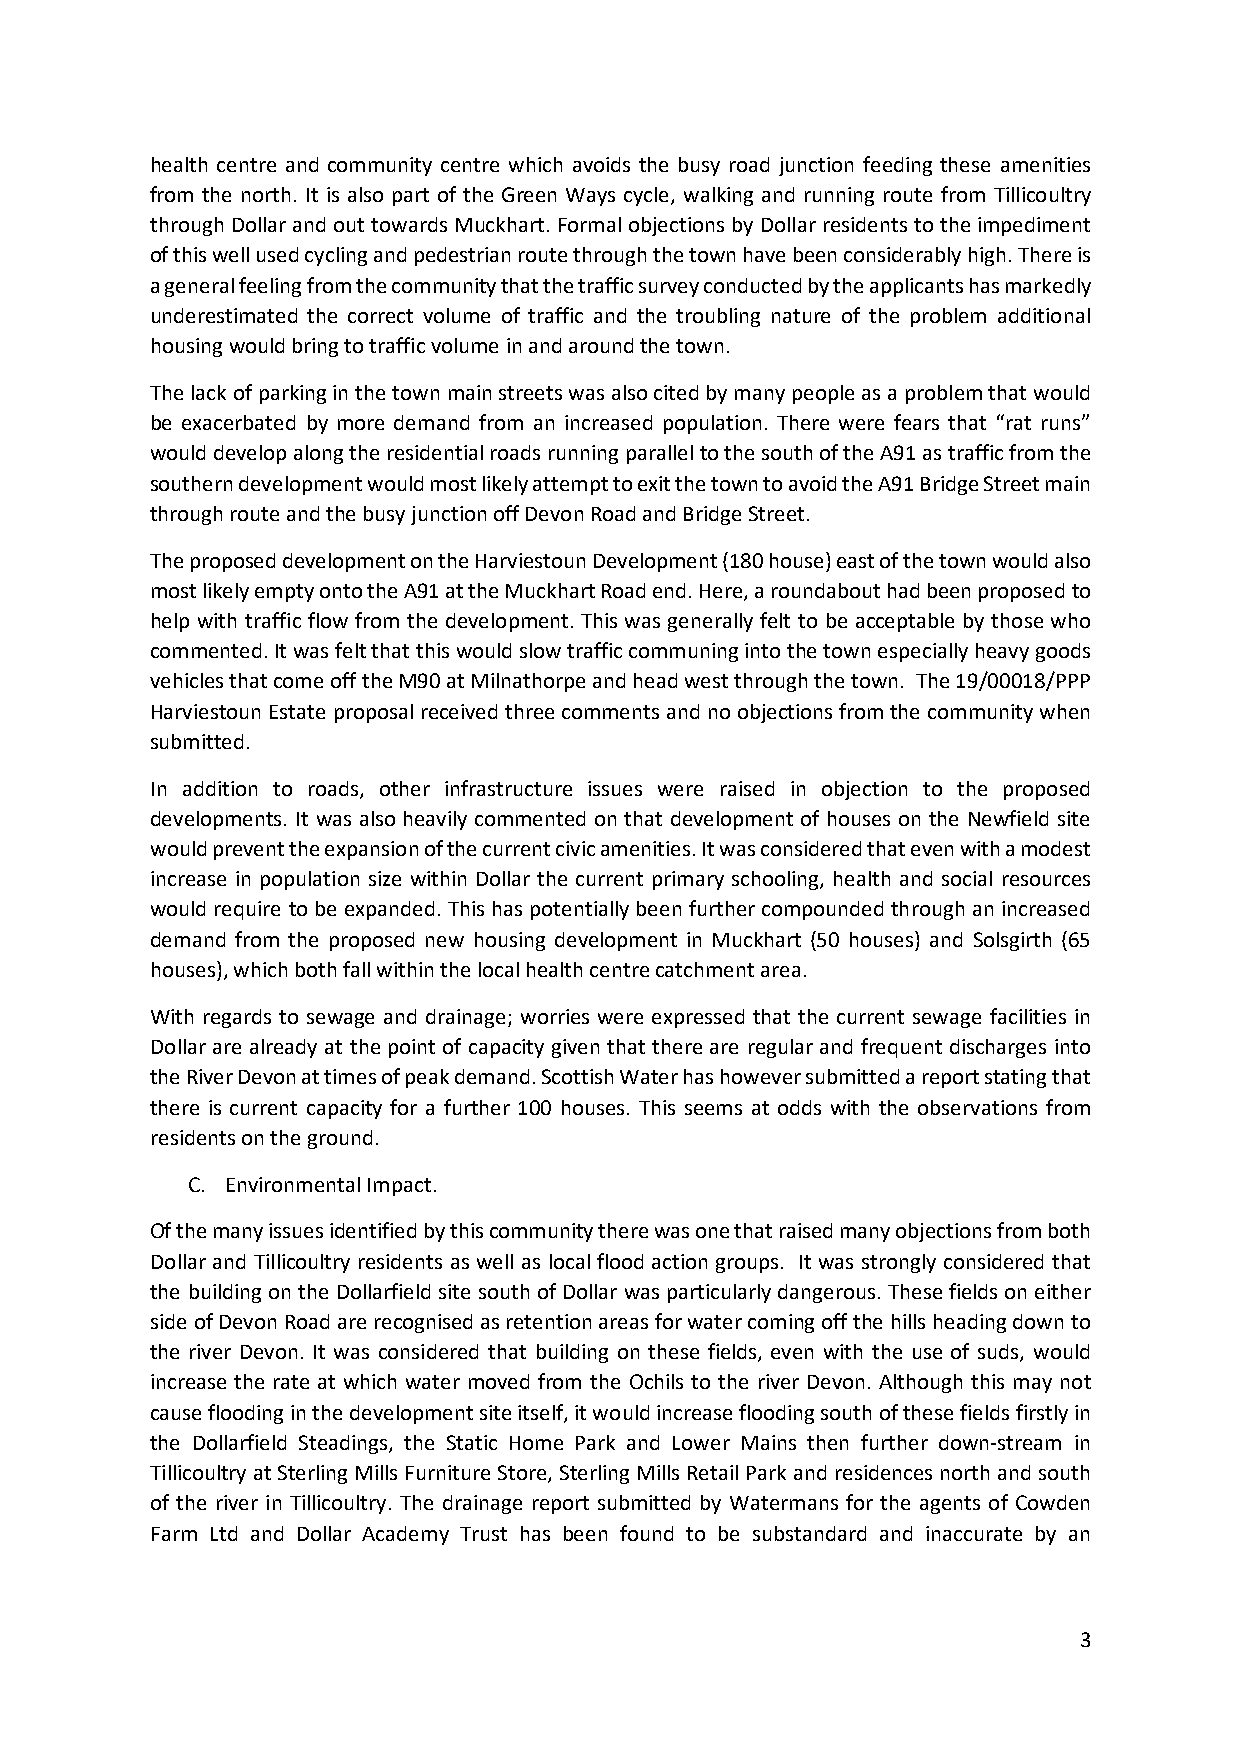
health centre and community centre which avoids the busy road junction feeding these amenities
 from the north. It is also part of the Green Ways cycle, walking and running route from Tillicoultry
 through Dollar and out towards Muckhart. Formal objections by Dollar residents to the impediment
 of this well used cycling and pedestrian route through the town have been considerably high. There is
 a general feeling from the community that the traffic survey conducted by the applicants has markedly
 underestimated the correct volume of traffic and the troubling nature of the problem additional
 housing would bring to traffic volume in and around the town.
 The lack of parking in the town main streets was also cited by many people as a problem that would
 be exacerbated by more demand from an increased population. There were fears that “rat runs”
 would develop along the residential roads running parallel to the south of the A91 as traffic from the
 southern development would most likely attempt to exit the town to avoid the A91 Bridge Street main
 through route and the busy junction off Devon Road and Bridge Street.
 The proposed development on the Harviestoun Development (180 house) east of the town would also
 most likely empty onto the A91 at the Muckhart Road end. Here, a roundabout had been proposed to
 help with traffic flow from the development. This was generally felt to be acceptable by those who
 commented. It was felt that this would slow traffic communing into the town especially heavy goods
 vehicles that come off the M90 at Milnathorpe and head west through the town. The 19/00018/PPP
 Harviestoun Estate proposal received three comments and no objections from the community when
 submitted.
 In addition to roads, other infrastructure issues were raised in objection to the proposed
 developments. It was also heavily commented on that development of houses on the Newfield site
 would prevent the expansion of the current civic amenities. It was considered that even with a modest
 increase in population size within Dollar the current primary schooling, health and social resources
 would require to be expanded. This has potentially been further compounded through an increased
 demand from the proposed new housing development in Muckhart (50 houses) and Solsgirth (65
 houses), which both fall within the local health centre catchment area.
 With regards to sewage and drainage; worries were expressed that the current sewage facilities in
 Dollar are already at the point of capacity given that there are regular and frequent discharges into
 the River Devon at times of peak demand. Scottish Water has however submitted a report stating that
 there is current capacity for a further 100 houses. This seems at odds with the observations from
 residents on the ground.
 C. Environmental Impact.
 Of the many issues identified by this community there was one that raised many objections from both
 Dollar and Tillicoultry residents as well as local flood action groups. It was strongly considered that
 the building on the Dollarfield site south of Dollar was particularly dangerous. These fields on either
 side of Devon Road are recognised as retention areas for water coming off the hills heading down to
 the river Devon. It was considered that building on these fields, even with the use of suds, would
 increase the rate at which water moved from the Ochils to the river Devon. Although this may not
 cause flooding in the development site itself, it would increase flooding south of these fields firstly in
 the Dollarfield Steadings, the Static Home Park and Lower Mains then further down-stream in
 Tillicoultry at Sterling Mills Furniture Store, Sterling Mills Retail Park and residences north and south
 of the river in Tillicoultry. The drainage report submitted by Watermans for the agents of Cowden
 Farm Ltd and Dollar Academy Trust has been found to be substandard and inaccurate by an
 3